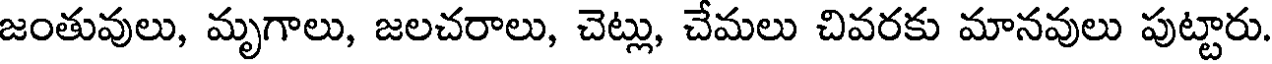
జంతువులు, మృగాలు, జలచరాలు, చెట్లు, చేమలు చివరకు మానవులు పుట్టారు.